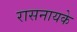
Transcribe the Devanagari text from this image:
रासनायके